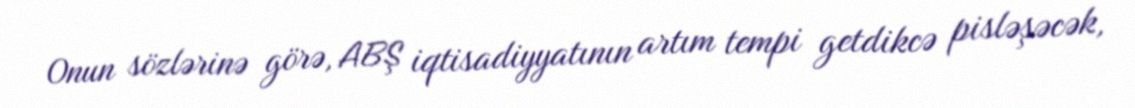
Onun sözlərinə görə, ABŞ iqtisadiyyatının artım tempi getdikcə pisləşəcək,